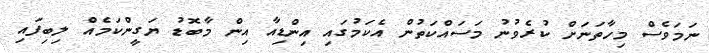
ނަމަވެސް މިހާތަނަށް ކުރެވުނު މަސައްކަތުން އެކަމުގައި އިންޑިއާ އިން މާބޮޑު ޔަގީންކަމެއް ލިބިފައި